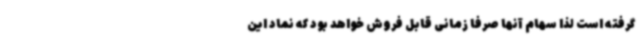
گرفته است لذا سهام آنها صرفا زمانی قابل فروش خواهد بود که نماد این